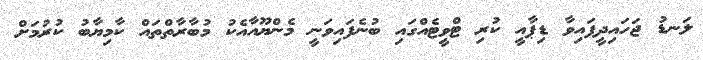
ލަނޑު ޖަހައިދީފައިވާ ޑިޕާއީ ކުރި ޓްވީޓެއްގައި ބުނެފައިވަނީ މެންޔޫއާއެކު މުބާރާތްތައް ކާމިޔާބު ކުރުމަށް